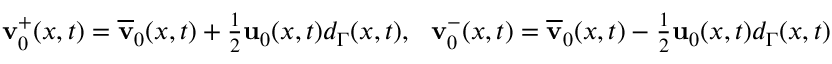
\begin{array} { r } { \mathbf { v } _ { 0 } ^ { + } ( x , t ) = \overline { { \mathbf { v } } } _ { 0 } ( x , t ) + \frac { 1 } { 2 } \mathbf { u } _ { 0 } ( x , t ) d _ { \Gamma } ( x , t ) , \ \ \mathbf { v } _ { 0 } ^ { - } ( x , t ) = \overline { { \mathbf { v } } } _ { 0 } ( x , t ) - \frac { 1 } { 2 } \mathbf { u } _ { 0 } ( x , t ) d _ { \Gamma } ( x , t ) } \end{array}